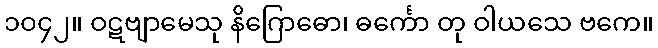
၁၀၄၂။ ဝဋဗျာမေသု နိဂြောဓော၊ ဓင်္ကော တု ဝါယသေ ဗကေ။